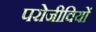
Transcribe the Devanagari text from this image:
परोजीवियों